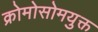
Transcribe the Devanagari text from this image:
क्रोमोसोमयुक्त